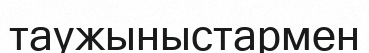
таужыныстармен